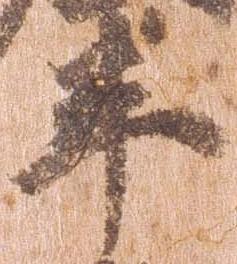
半